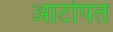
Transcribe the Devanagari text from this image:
आटोपत